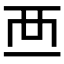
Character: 𧟠